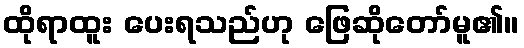
ထိုရာထူး ပေးရသည်ဟု ဖြေဆိုတော်မူ၏။